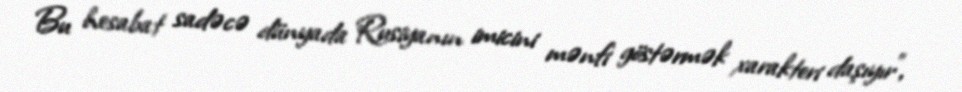
Bu hesabat sadəcə dünyada Rusiyanın imicini mənfi göstərmək xarakteri daşıyır",